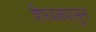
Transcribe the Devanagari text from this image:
शिरवळपासून